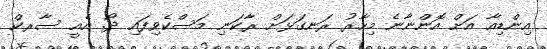
އިންޑިއާ އަށް އޮންނާނެ މިހާރު ރަނގަޅަށް ރާކަނި މަަސްކެވިފައި ދޯ. އެއީ ސާރކް